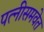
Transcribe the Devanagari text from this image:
पत्‍नीसमवेत